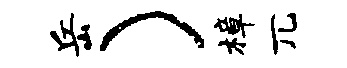
岳）樟兀